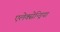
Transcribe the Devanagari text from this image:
एलेक्सेन्ड्रिया